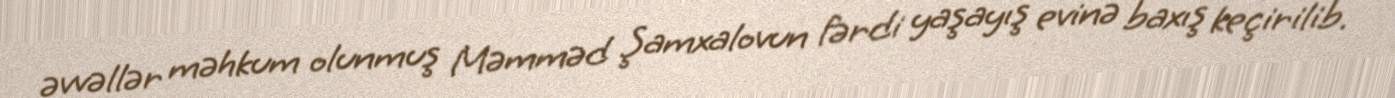
əvvəllər məhkum olunmuş Məmməd Şamxalovun fərdi yaşayış evinə baxış keçirilib.